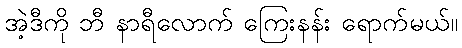
အဲ့ဒီကို ဘီ နာရီလောက် ကြေးနန်း ရောက်မယ်။